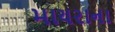
માયરાના